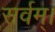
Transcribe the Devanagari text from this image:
सर्वम्।